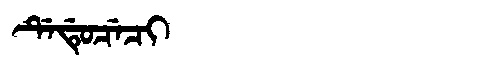
Manchu: ᡩᡝᡩᡠᠴᡝᠴᡳ
Romanization: DEDUCECI